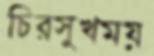
চিরসুখময়